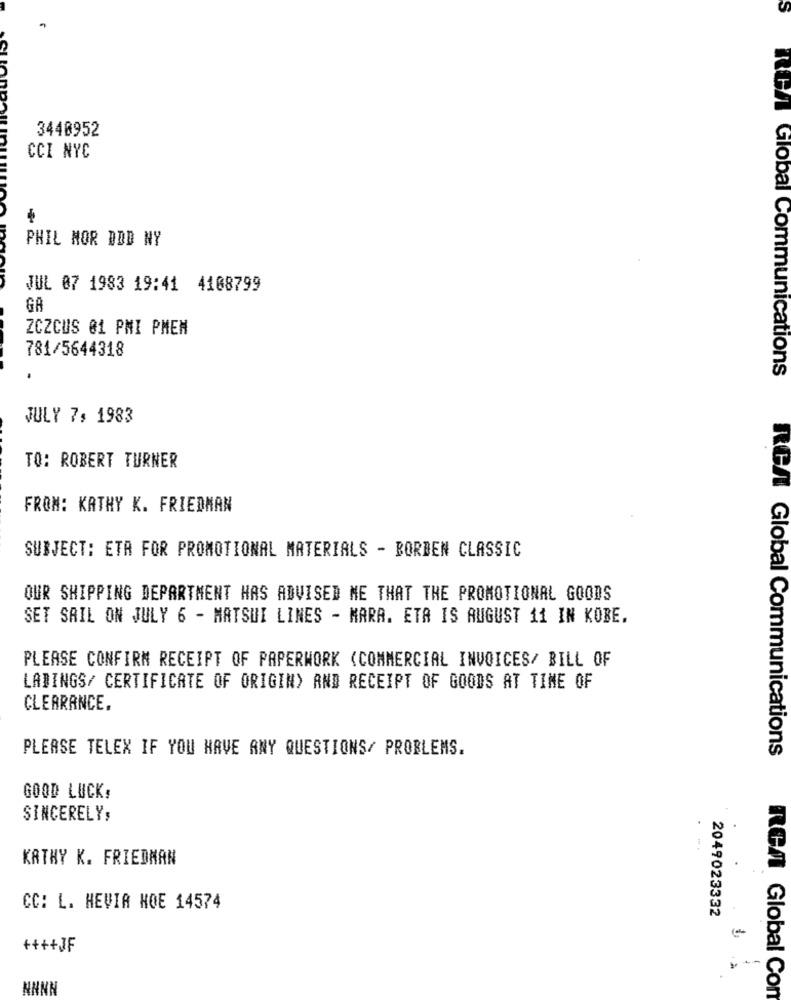
3440952
CCI NYC
PHIL NOR DDD NY
JUL 07 1983 19:41 4108799
GA
ZCZCUS 01 PMI PMEM
781/5644318
RGA Global Communications
JULY 7, 1983
TO: ROBERT TURNER
FROM: KATHY K. FRIEDMAN
SUBJECT: ETA FOR PROMOTIONAL MATERIALS - BORDEN CLASSIC
OUR SHIPPING DEPARTMENT HAS ADVISED ME THAT THE PROMOTIONAL GOODS
SET SAIL ON JULY 6 - MATSUI LINES - MARA. ETA IS AUGUST 11 IN KOBE.
PLEASE CONFIRM RECEIPT OF PAPERWORK (COMMERCIAL INVOICES/ BILL OF
LADINGS/ CERTIFICATE OF ORIGIN) AND RECEIPT OF GOODS AT TIME OF
CLEARANCE.
PLEASE TELEX IF YOU HAVE ANY QUESTIONS/ PROBLEMS.
RCA Global Communications
GOOD LUCK,
SINCERELY,
.
KATHY K. FRIEDMAN
CC: L. HEVIA HOE 14574
2049023332
++++JF
--
NANN
ReA Global Con